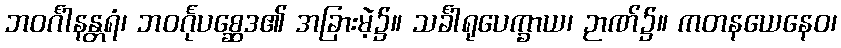
ဘဝင်္ဂါနန္တရံ၊ ဘဝင်္ဂုပစ္ဆေဒ၏ အခြားမဲ့၌။ သင်္ခါရုပေက္ခာယ၊ ဉာဏ်၌။ ကတနယေနေဝ၊